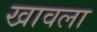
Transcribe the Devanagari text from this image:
खावला